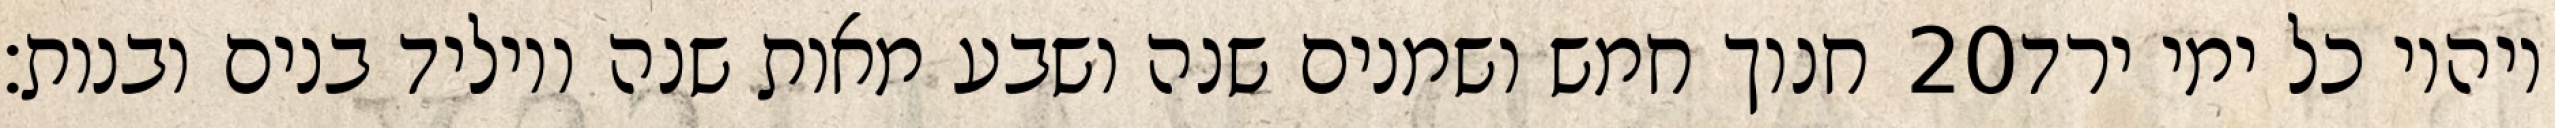
חנוך חמש ושמנים שנה ושבע מאות שנה ויוליד בנים ובנות׃ ‎20‏ ויהיו כל ימי ירד